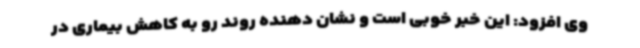
وی افزود: این خبر خوبی است و نشان دهنده روند رو به کاهش بیماری در